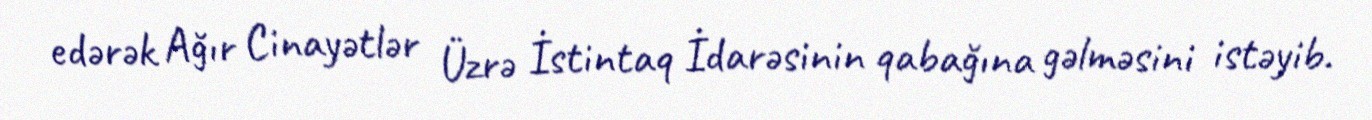
edərək Ağır Cinayətlər Üzrə İstintaq İdarəsinin qabağına gəlməsini istəyib.